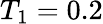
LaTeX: T_{1}=0.2